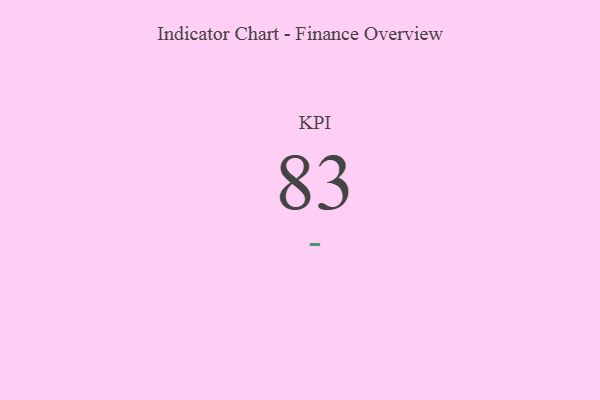
{"axis": {"x": "KPI", "y": "Value"}, "legend": [""], "data": [{"x": "KPI", "y": 83, "type": ""}]}